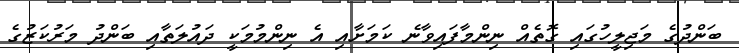
ބަންދުގެ މަޖިލީހުގައި ގޮތެއް ނިންމާފައިވާނެ ކަމަށާއި އެ ނިންމުމަކީ ދައުލަތާއި ބަންދު މަރުކަޒުގެ